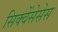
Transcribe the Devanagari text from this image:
सिक्वेंसेसेस